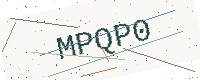
Text: MPQP0